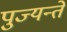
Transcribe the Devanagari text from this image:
पुज्यन्ते